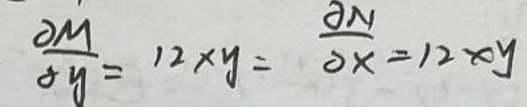
\[
\frac{\partial M}{\partial y}=12xy=\frac{\partial N}{\partial x}=12xy
\]